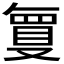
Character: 𭆶